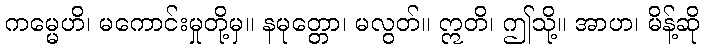
ကမ္မေဟိ၊ မကောင်းမှုတို့မှ။ နမုတ္တော၊ မလွတ်။ ဣတိ၊ ဤသို့။ အာဟ၊ မိန့်ဆို